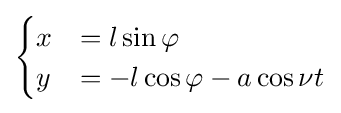
{\begin{cases}x&=l\sin \varphi \\y&=-l\cos \varphi -a\cos \nu t\end{cases}}